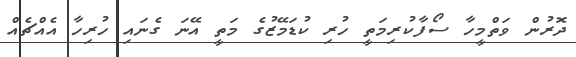
ދޮރުން ވަތްމީހާ ސޯފާކުރިމަތީ ހުރި ކުޑަމޭޒުގެ މަތީ އޭނަ ގެނައި ހުރިހާ އެއްޗެއް